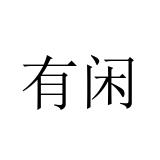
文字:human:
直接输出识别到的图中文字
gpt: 有闲